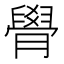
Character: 䑁